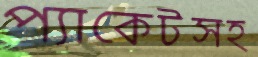
প্যাকেটসহ